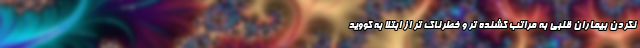
نکردن بیماران قلبی به مراتب کشنده تر و خطرناک تر از ابتلا به کووید